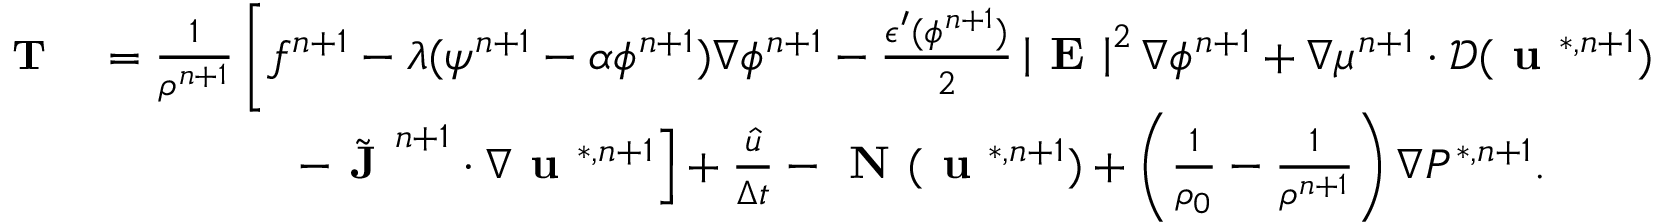
\begin{array} { r l } { \small \textbf { T } } & { = \frac { 1 } { \rho ^ { n + 1 } } \left[ f ^ { n + 1 } - \lambda ( \psi ^ { n + 1 } - \alpha \phi ^ { n + 1 } ) \nabla \phi ^ { n + 1 } - \frac { \epsilon ^ { \prime } ( \phi ^ { n + 1 } ) } { 2 } \left| \textbf { E } \right| ^ { 2 } \nabla \phi ^ { n + 1 } + \nabla \mu ^ { n + 1 } \cdot \mathcal { D } ( \textbf { u } ^ { * , n + 1 } ) \right. } \\ & { \qquad \qquad \left. - \Tilde { \textbf { J } } ^ { n + 1 } \cdot \nabla \textbf { u } ^ { * , n + 1 } \right] + \frac { \hat { u } } { \Delta t } - \textbf { N } ( \textbf { u } ^ { * , n + 1 } ) + \left( \frac { 1 } { \rho _ { 0 } } - \frac { 1 } { \rho ^ { n + 1 } } \right) \nabla P ^ { * , n + 1 } . } \end{array}